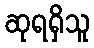
ဆုရရှိသူ